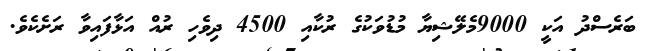
ބަރެސްދު އަކީ 9000މެލޭޝިޔާ މުޑުވަކުގެ ރުކާއި 4500 ދިވެހި ރުއް އަޅާފައިވާ ރަށެކެވެ.